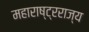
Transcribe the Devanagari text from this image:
महाराष्ट्रराज्य